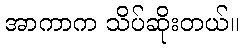
အာကာက သိပ်ဆိုးတယ်။